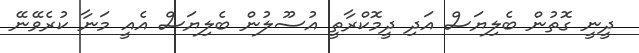
ދީނީ ގޮތުން ބެލިޔަސް އަދި ދީމޮކްރާތީ އުސޫލުން ބެލިޔަސް އެއީ މަނާ ކުރެވޭނޭ